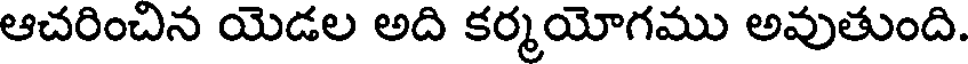
ఆచరించిన యెడల అది కర్మయోగము అవుతుంది.